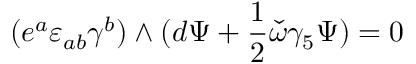
( e ^ { a } \varepsilon _ { a b } \gamma ^ { b } ) \wedge ( d \Psi + { \frac { 1 } { 2 } } \check { \omega } \gamma _ { 5 } \Psi ) = 0